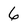
Character: 6